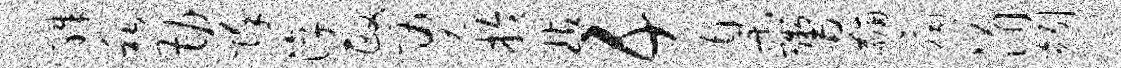
殊私勘除淳政勇拎玷五臬鬻黼扃涓矧